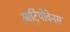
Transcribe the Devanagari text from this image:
आर्ट्रियोवेनस